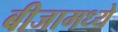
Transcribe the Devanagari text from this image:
बीजामध्ये